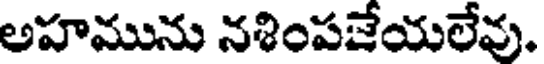
అహమును నశింపజేయలేవు.